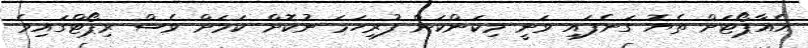
އެއާޕޯޓަށް ތެޔޮ ގަނެފައި ވަނީ މިކަންކަން ފުރިހަމަ ނުކޮށް ކަމަށް ވެސް ރިޕޯޓްގައިވެ